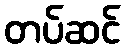
တပ်ဆင်